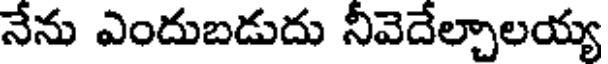
నేను ఎందుబడుదు నీవెదేల్చాలయ్య